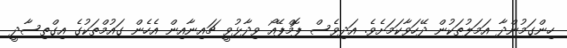
ހިންގަމުންދާ އަމަލުތަކުން ދޭހަވާކަމަށެވެ. އަދިވެސް ޕޮމްޕޭއޯ ވިދާޅުވީ ޗައިނާއިން އެހެން ގައުމްތަކުގެ އިގްތިސާދީ